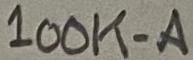
Text: 100K-A